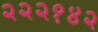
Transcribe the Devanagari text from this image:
२२२१४२